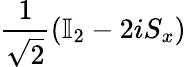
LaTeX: \frac{1}{\sqrt{2}}\left(\mathbb{I}_{2}-2iS_{x}\right)